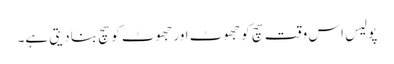
پولیس اس وقت سچ کو جھوٹ اور جھوٹ کو سچ بنا دیتی ہے۔